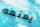
يمنعه